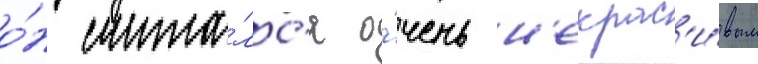
о́н счита́лс'я о́чень н'екрас'и́вым